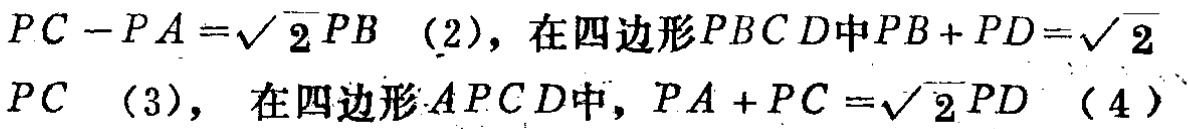
\[
\begin{align*}
PC - PA&=\sqrt{2}PB\quad(2)\\
\text{在四边形}PBCD\text{中}PB + PD&=\sqrt{2}PC\quad(3)\\
\text{在四边形}APCD\text{中},PA + PC&=\sqrt{2}PD\quad(4)
\end{align*}
\]